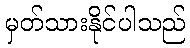
မှတ်သားနိုင်ပါသည်